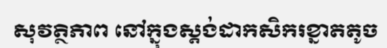
សុវត្ថិភាព នៅក្នុងស្តង់ដាកសិករខ្នាតតូច